Report of veterinary surgeon J.H. Steel, A.V.D., on his investigation into an obscure and fatal disease among transport mules in British Burma
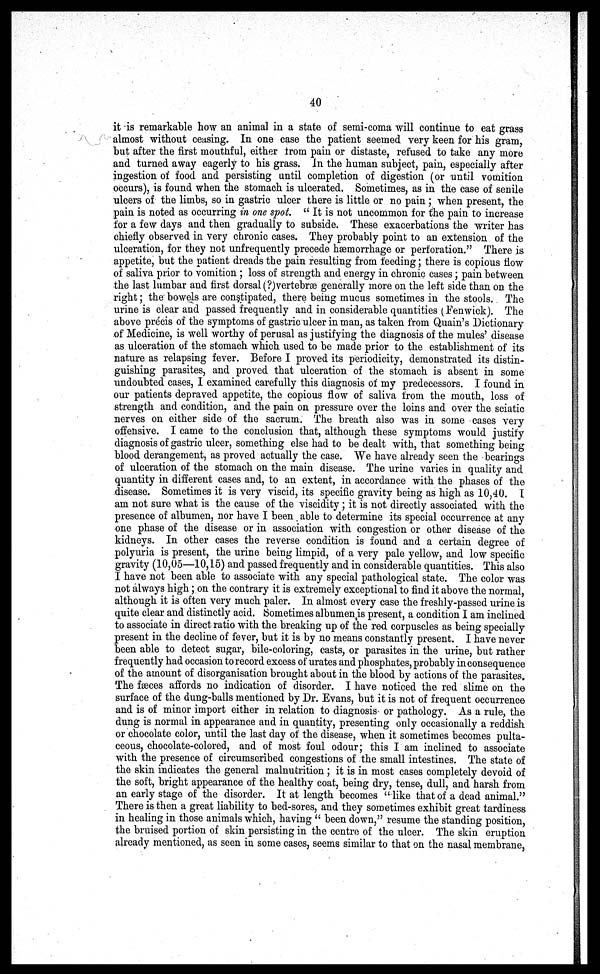
40
it is remarkable how an animal in a state of semi-coma will continue to eat grass
almost without ceasing. In one case the patient seemed very keen for his gram,
but after the first mouthful, either from pain or distaste, refused to take any more
and turned away eagerly to his grass. in the human subject, pain, especially after
ingestion of food and persisting until completion of digestion (or until vomition
occurs), is found when the stomach is ulcerated. Sometimes, as in the case of senile
ulcers of the limbs, so in gastric ulcer there is little or no pain; when present, the
pain is noted as occurring in one spot u It is not uncommon for the pain to increase
for a few days and then gradually to subside. These exacerbations the writer has
chiefly observed in very chronic cases. They probably point to an extension of the
ulceration, for they not unfrequently precede haemorrhage or perforation." There is
appetite, but the patient dreads the pain resulting from feeding; there is copious flow
of saliva prior to vomition ; loss of strength and energy in chronic cases; pain between
the last lumbar and first dorsal (?)vertebrae generally more on the left side than on the
right; the bowels are constipated, there being mucus sometimes in the stools. The
urine is clear and passed frequently and in considerable quantities (Fenwick). The
above precis of the symptoms of gastric ulcer in man, as taken from Quain's Dictionary
of Medicine, is well worthy of perusal as justifying the diagnosis of the mules' disease
as ulceration of the stomach which used to be made prior to the establishment of its
nature as relapsing fever. Before I proved its periodicity, demonstrated its distin-
guishing parasites, and proved that ulceration of the stomach is absent in some
undoubted cases, I examined carefully this diagnosis of my predecessors. I found in
our patients depraved appetite, the copious flow of saliva from the mouth, loss of
strength and condition, and the pain on pressure over the loins and over the sciatic
nerves on either side of the sacrum. The breath also was in some cases very
offensive. I came to the conclusion that, although these symptoms would justify
diagnosis of gastric ulcer, something else had to be dealt with, that something being
blood derangement, as proved actually the case. We have already seen the bearings
of ulceration of the stomach on the main disease. The urine varies in quality and
quantity in different cases and, to an extent, in accordance with the phases of the
disease. Sometimes it is very viscid, its specific gravity being as high as 10,40. I
am not sure what is the cause of the viscidity; it is not directly associated with the
presence of albumen, nor have I been able to determine its special occurrence at any
one phase of the disease or in association with congestion or other disease of the
kidneys. In other cases the reverse condition is found and a certain degree of
polyuria is present, the urine being limpid, of a very pale yellow, and low specific
gravity (10,05—10,15) and passed frequently and in considerable quantities. This also
I have not been able to associate with any special pathological state. The color was
not always high; on the contrary it is extremely exceptional to find it above the normal,
although it is often very much paler. In almost every case the freshly-passed urine is
quite clear and distinctly acid. Sometimes albumen,is present, a condition I am inclined
to associate in direct ratio with the breaking up of the red corpuscles as being specially
present in the decline of lever, but it is by no means constantly present. I have never
been able to detect sugar, bile-coloring, casts, or parasites in the urine, but rather
frequently had occasion to record excess of urates and phosphates, probably inconsequence
of the amount of disorganisation brought about in the blood by actions of the parasites.
The faeces affords no indication of disorder. I have noticed the red slime on the
surface of the dung-balls mentioned by Dr. Evans, but it is not of frequent occurrence
and is of minor import either in relation to diagnosis or pathology. As a rule, the
dung is normal in appearance and in quantity, presenting only occasionally a reddish
or chocolate color, until the last day of the disease, when it sometimes becomes pulta-
ceous, chocolate-colored, and of most foul odour; this I am inclined to associate
with the presence of circumscribed congestions of the small intestines. The state of
the skin indicates the general malnutrition ; it is in most cases completely devoid of
the soft, bright appearance of the healthy coat, being dry, tense, dull, and harsh from
an early stage of the disorder. It at length becomes "like that of a dead animal."
There is then a great liability to bed-sores, and they sometimes exhibit great tardiness
in healing in those animals which, having " been down," resume the standing position,
the bruised portion of skin persisting in the centre of the ulcer. The skin eruption
already mentioned, as seen in some cases, seems similar to that on the nasal membrane,